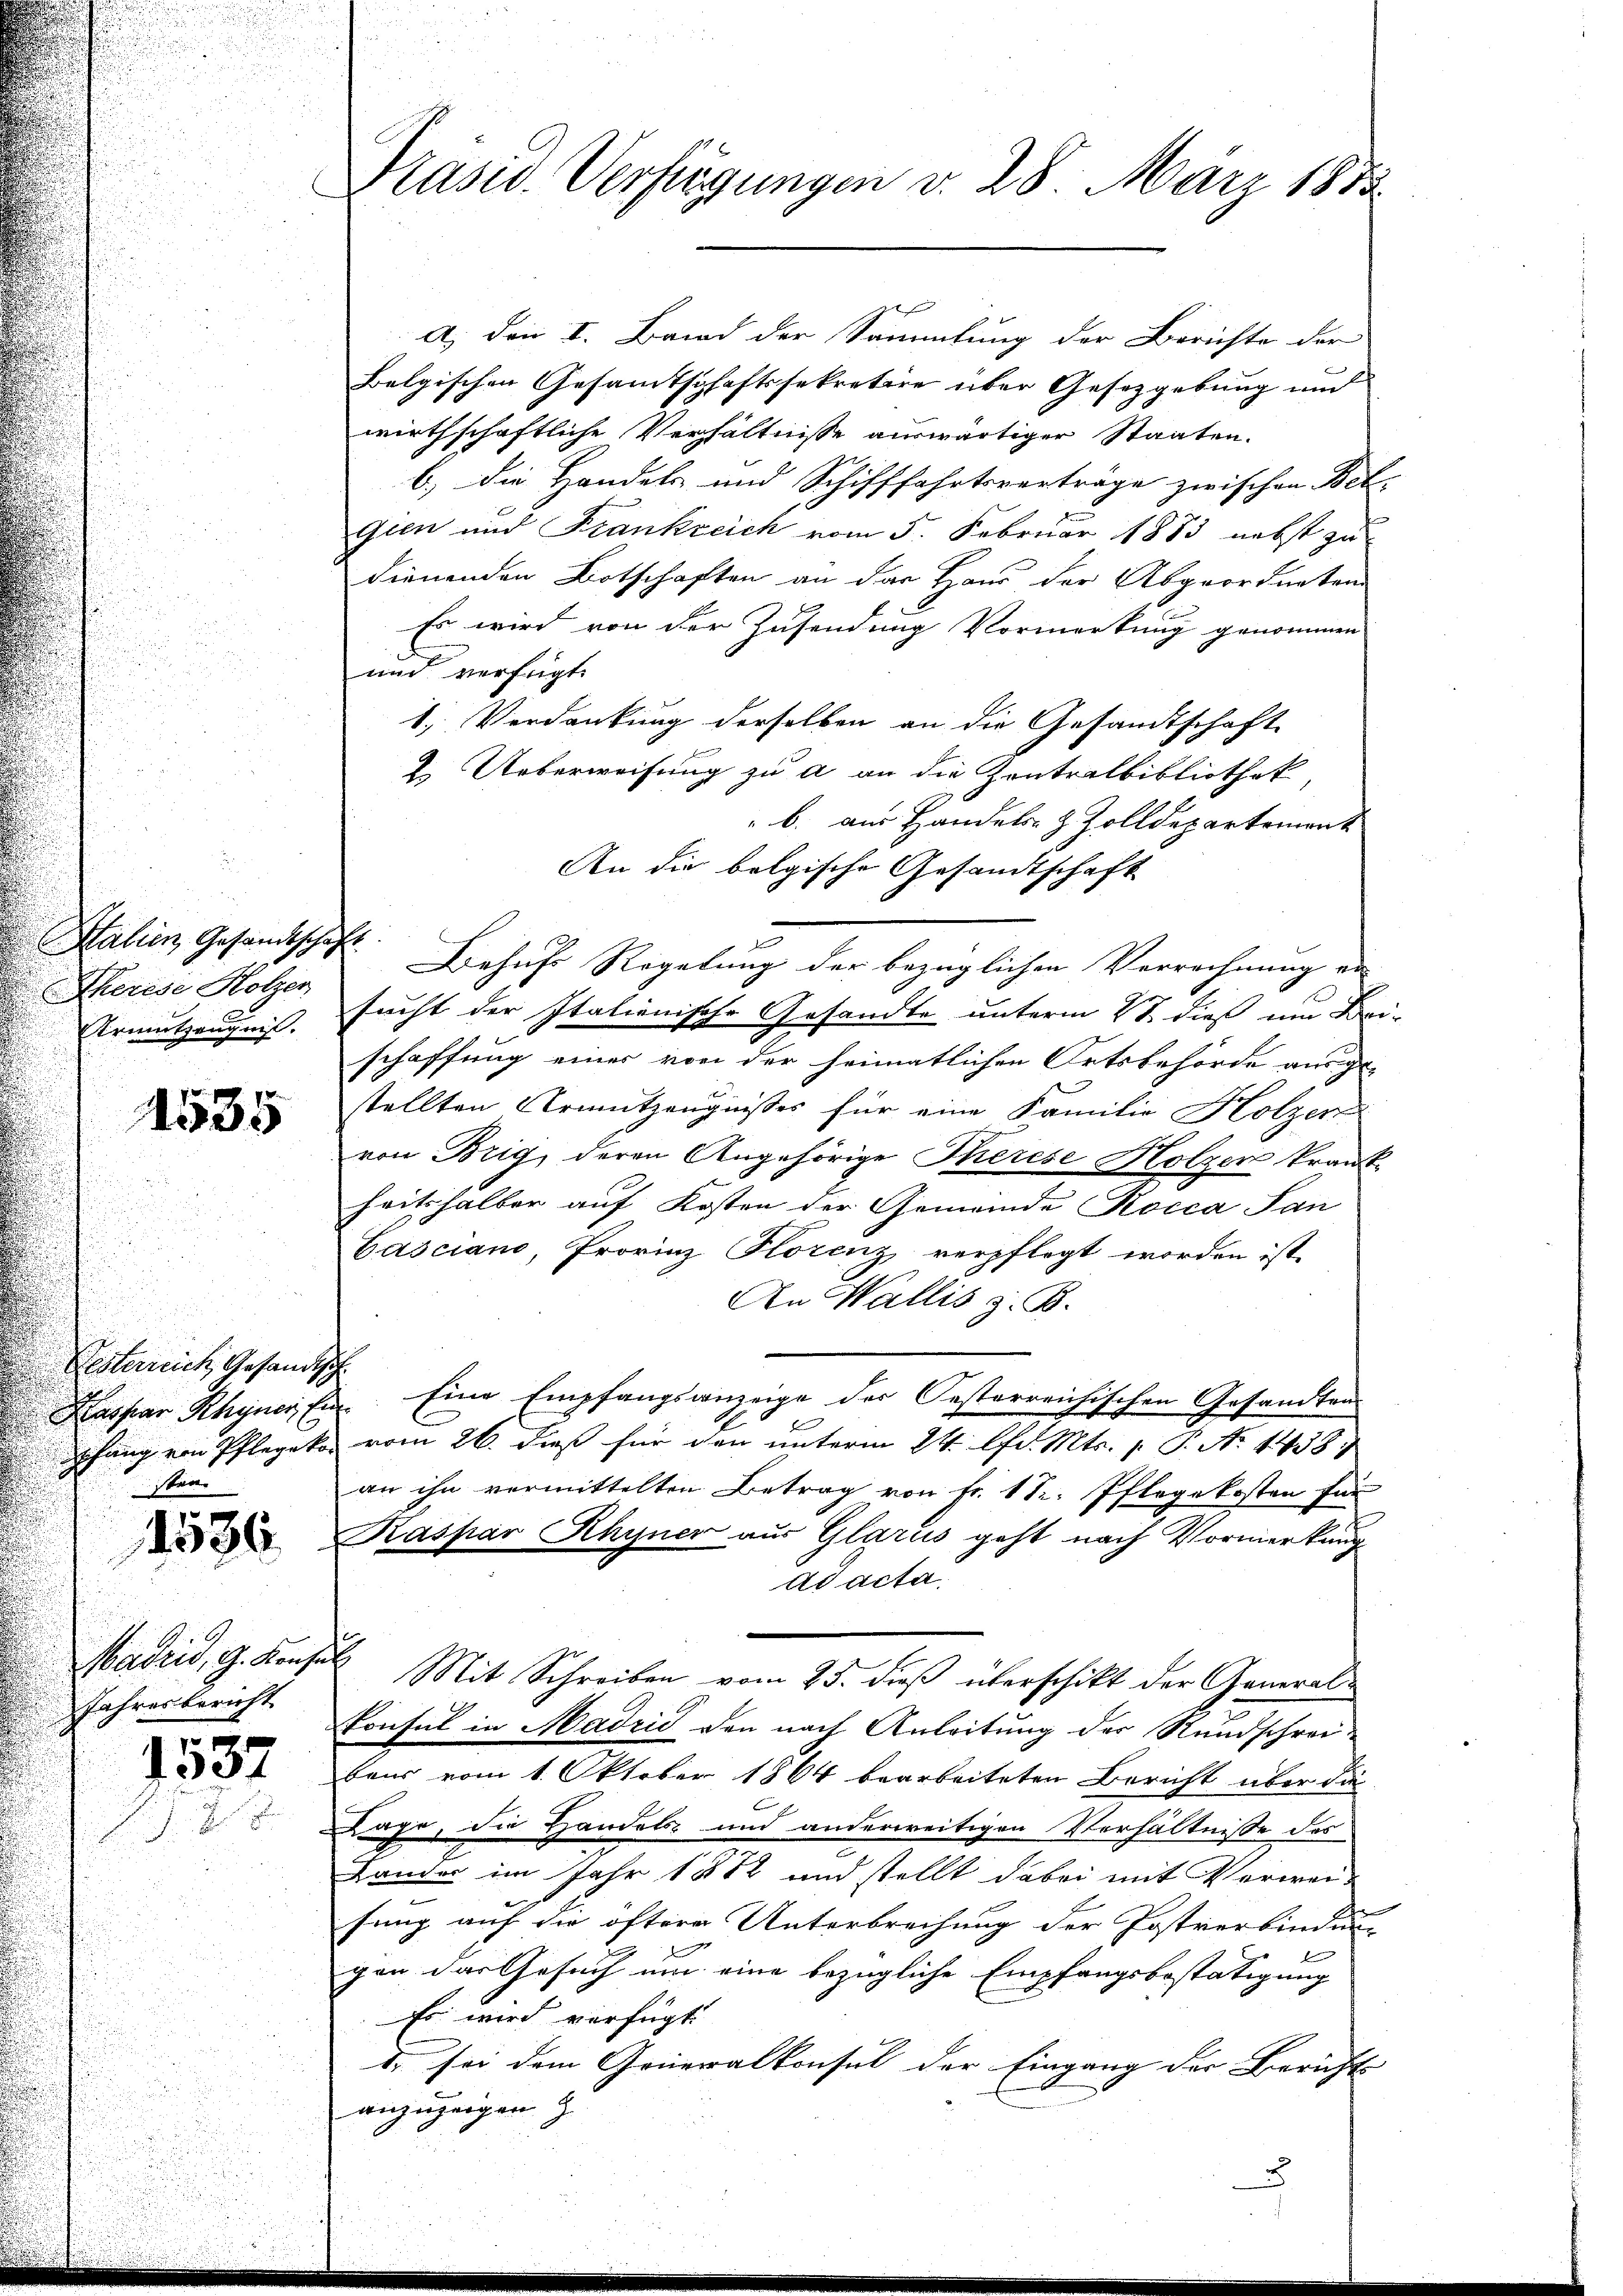
Halien, Gesandtschaft
Therese Holzen
Krintzeugnis.

1535

a) den I. Band der Sammtung der Berichte der
Belgischen Gesamtschaftssekretire über Gesetzgebung und
wirthschaftliche Verhältnisse auswärtiger Staaten.
b.) die Handels und Schifffahrtsverträge zwischen Betr
gien und Frankreich vom 5. Februar 1883 nebst zu
dienenden Botschaften an das Haus der Abgeordneten
Es wird von der Zusendung Vormerkung genommen
und verfügt.
1. Verdankung derselben an die Gesandtschaft
2. Ueberweisung zu a an die Zentralbibliothek,
" b. aus Handels- & Zolldepartement
Behufs Regelung der bezüglichen Verrechnung an
sucht der Italienische Gesandte unterm 28 dieß um Bei-
schaffung einer von der heimatlichen Ortsbehörde ausge-
stellten Urnutzeugnisses für eine Familie Holzer
von Brig, deren Angehörige Therese Holzer krank-
heitshalber auf Kosten der Gemeinde Kocca San
Casciano, Provinz Horenz verpflegt worden ist,
An Wallis z. B.
Kaspar Rhyner Ein Eine Empfangsanzeige der Oesterreichischen Gesandten
pfang von Pflegeko vom 26. daß für den unterm 24. lfd. Mts. 1. P. No 1438
an ihn vermittelten Betrag von Fr. 1 S. Pflegekosten für
 Kaspar Rhyner aus Glarus geht nach Vormerkung
ad acta,
Mit Schreiben vom 25. dieß überschikt der General¬
Consul in Madrid den nach Anleitung der Rundschrei¬
4 Baur vom 1. Oktober 1864 bearbeiteten Bericht über die
Lage, die Handels- und anderweitigen Verhältnisse des
Lander im Jahr 1872 und stellt dabei mit Verweifung auf die öftere Unterbrechung der Postverbindung
gen das Gesuch um eine bezügliche Empfangsbestätigung
Es wird verfügt:
d. sei dem Generalkonsul der Eingang der Berichts- |
anzuzeigen

Präsid. Verfügungen v. 28. März 1882

Festerreich, Gesandtsch
skan
Madeis, G. Konsul
Jahresbericht

An die belgische Gesandtschaft